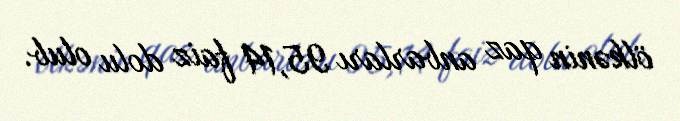
ölkənin qaz anbarları 95,14 faiz dolu olub.